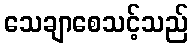
သေချာစေသင့်သည်